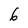
Character: 6